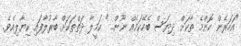
"އަހަރެން ކޮންމެ ތާކަށް ދިޔަސް ބެހޭކަމެއް ނޫން..." ކަމީލާ ދަތްތަކަށް ބާރުލާފައި ކިޔާލިއެވެ.